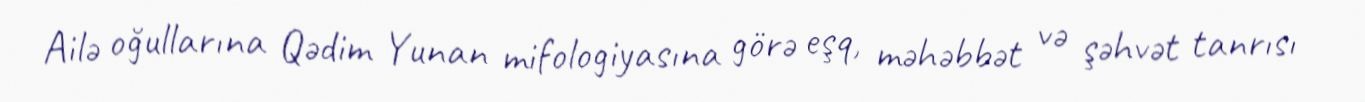
Ailə oğullarına Qədim Yunan mifologiyasına görə eşq, məhəbbət və şəhvət tanrısı